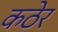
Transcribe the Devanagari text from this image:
कठेर